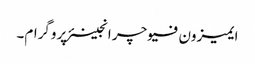
ایمیزون فیوچر انجینئر پروگرام۔